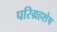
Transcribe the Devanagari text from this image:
परिग्रहशेष